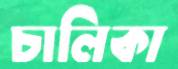
চালিকা